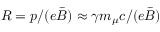
R = p / ( e \bar { B } ) \approx \gamma m _ { \mu } c / ( e \bar { B } )